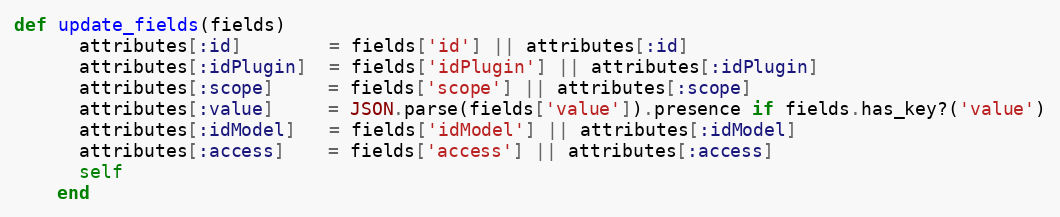
Language: Ruby
def update_fields(fields)
      attributes[:id]        = fields['id'] || attributes[:id]
      attributes[:idPlugin]  = fields['idPlugin'] || attributes[:idPlugin]
      attributes[:scope]     = fields['scope'] || attributes[:scope]
      attributes[:value]     = JSON.parse(fields['value']).presence if fields.has_key?('value')
      attributes[:idModel]   = fields['idModel'] || attributes[:idModel]
      attributes[:access]    = fields['access'] || attributes[:access]
      self
    end